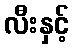
လီးနှင့်